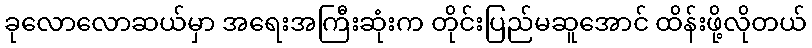
ခုလောလောဆယ်မှာ အရေးအကြီးဆုံးက တိုင်းပြည်မဆူအောင် ထိန်းဖို့လိုတယ်